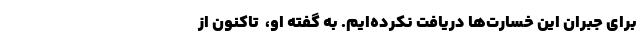
برای جبران این خسارت‌ها دریافت نکرده‌ایم. به گفته او، ‌ تاکنون از